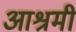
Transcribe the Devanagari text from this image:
आश्रमी